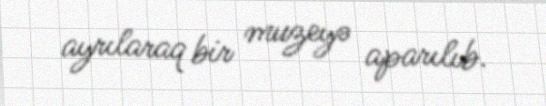
ayrılaraq bir muzeyə aparılıb.